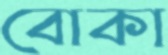
বোকা